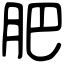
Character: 肥